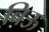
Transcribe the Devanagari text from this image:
बिऊ